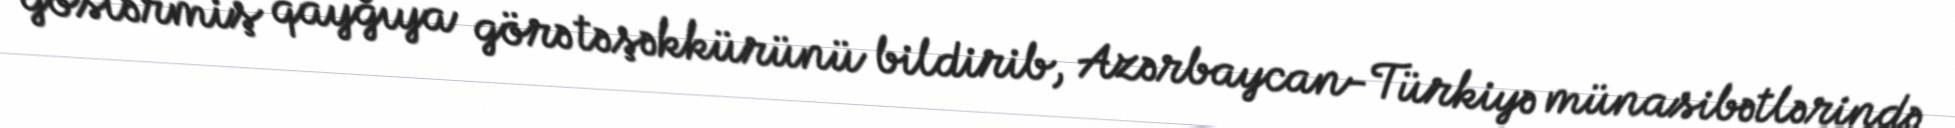
göstərmiş qayğıya görə təşəkkürünü bildirib, Azərbaycan-Türkiyə münasibətlərində